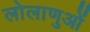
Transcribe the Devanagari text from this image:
लोलाणुओं